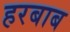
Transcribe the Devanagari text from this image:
हरबाब